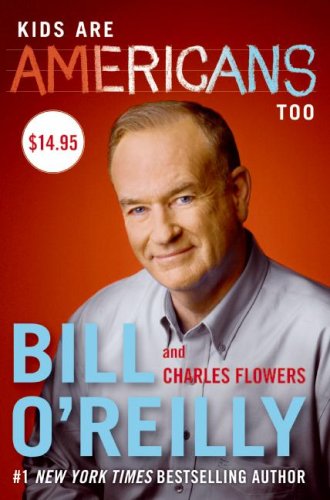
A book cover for Kids Are Americans Too; Bill O'Reilly; Law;